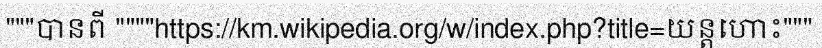
"""បានពី """"https://km.wikipedia.org/w/index.php?title=យន្តហោះ"""